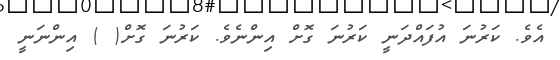
އެވެ. ކަރުނަ އުފައްދަނީ ކަރުނަ ގޮށް އިންނެވެ. ކަރުނަ ގޮށް( ) އިންނަނީ